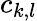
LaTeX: c_{k,l}